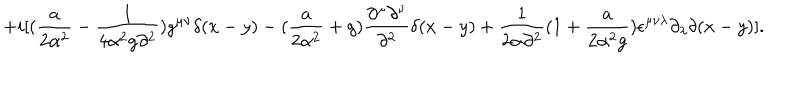
+ i [ ( { \frac { a } { 2 \alpha ^ { 2 } } } - { \frac { 1 } { 4 \alpha ^ { 2 } g \partial ^ { 2 } } } ) g ^ { \mu \nu } \delta ( x - y ) - ( { \frac { a } { 2 \alpha ^ { 2 } } } + g ) { \frac { \partial ^ { \mu } \partial ^ { \nu } } { \partial ^ { 2 } } } \delta ( x - y ) + { \frac { 1 } { 2 \alpha \partial ^ { 2 } } } ( 1 + { \frac { a } { 2 \alpha ^ { 2 } g } } ) \epsilon ^ { \mu \nu \lambda } \partial _ { \lambda } \delta ( x - y ) ] .